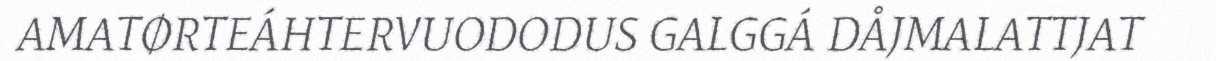
AMATØRTEÁHTERVUODODUS GALGGÁ DÅJMALATTJAT